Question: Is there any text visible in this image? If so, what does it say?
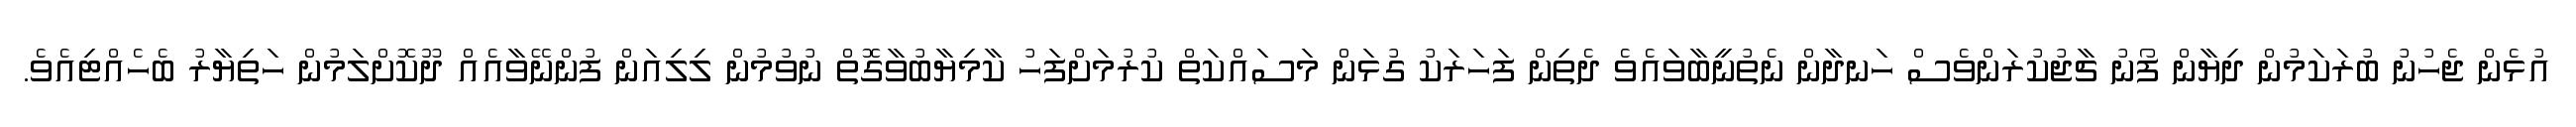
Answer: އުޅެން ޖެހުނު ބުރަކަމުން ދިޔާން ފޯނު ޗާޖުކުރަންވެސް ހަނދާން ނެތުނީބާވައެވެ ދެތިން ފަހަރަކު ގުޅަން މަސައްކަތް ކުރުމަށްފަހު ކާމިޔާބުވާގޮތް ނުވުމުން ލިލިއަން ފުންނޭވާއެއް ދޫކޮށްލަމުން ހަތިޔާރު ބެހެއްޓިއެވެ.